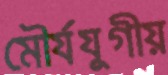
মৌর্যযুগীয়